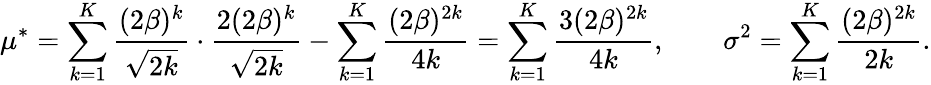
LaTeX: \mu^{\ast}=\sum_{k=1}^{K}\frac{(2\beta)^{k}}{\sqrt{2k}}\cdot\frac{2(2\beta)^{k}}{\sqrt{2k}}-\sum_{k=1}^{K}\frac{(2\beta)^{2k}}{4k}=\sum_{k=1}^{K}\frac{3(2\beta)^{2k}}{4k},\qquad\sigma^{2}=\sum_{k=1}^{K}\frac{(2\beta)^{2k}}{2k}.